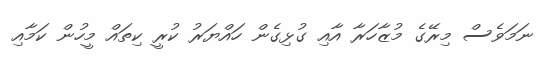
ނަމަވެސް މިރޭގެ މުޒާހަރާ އާއި ގުޅިގެން ހައްޔަރު ކުރީ ކިތައް މީހުން ކަމާއި